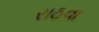
રાઠવા